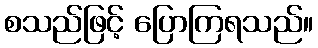
စသည်ဖြင့် ပြောကြရသည်။